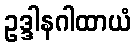
ဥဒ္ဒါနဂါထာယံ